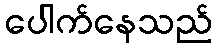
ပေါက်နေသည်